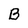
Character: B